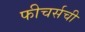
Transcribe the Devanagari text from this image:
फीचर्सची